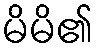
မိမိ၏